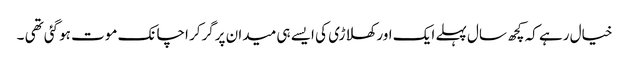
خیال رہے کہ کچھ سال پہلے ایک اور کھلاڑی کی ایسے ہی میدان پرگرکر اچانک موت ہوگئی تھی ۔